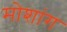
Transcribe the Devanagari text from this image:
मोशांग